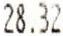
28.32